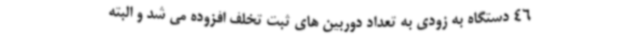
46 دستگاه به زودی به تعداد دوربین های ثبت تخلف افزوده می شد و البته